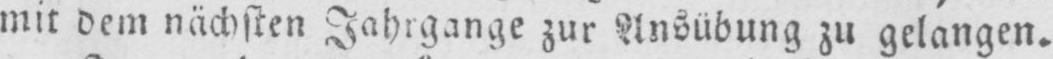
mit dem nächsten Jahrgange zur Ausübung zu gelangen.